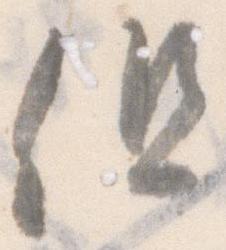
但